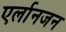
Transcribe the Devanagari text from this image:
एर्लानजन